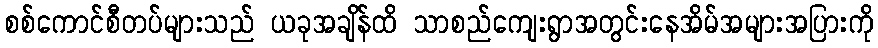
စစ်ကောင်စီတပ်များသည် ယခုအချိန်ထိ သာစည်ကျေးရွာအတွင်းနေအိမ်အများအပြားကို